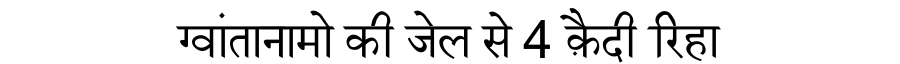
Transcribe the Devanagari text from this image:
ग्वांतानामो की जेल से 4 क़ैदी रिहा